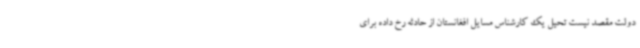
دولت مقصد نیست تحیل یک کارشناس مسایل افغانستان از حادثه رخ داده برای